Note on the mental hospitals in Burma - 1925-1940
Year: 1925
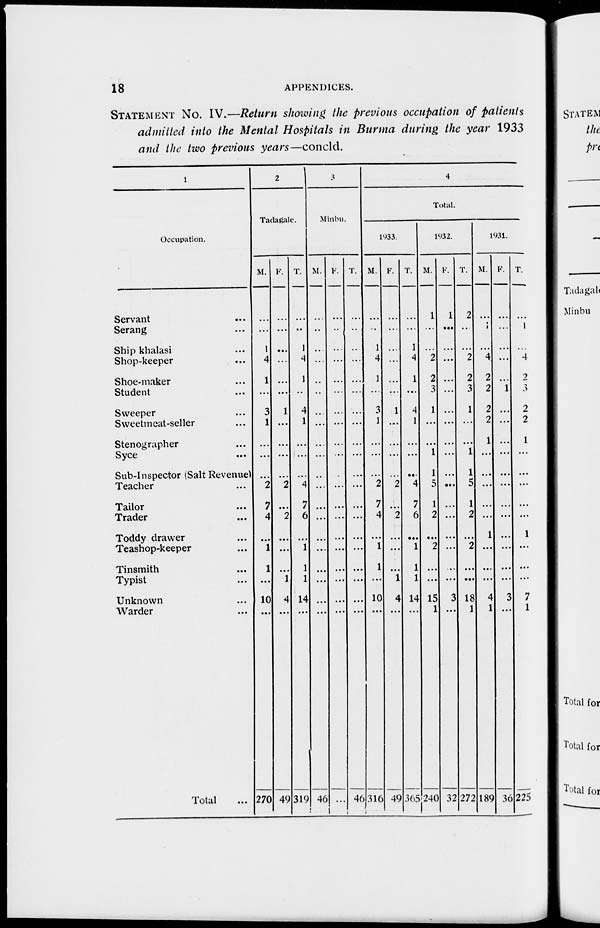
18
APPENDICES.
STATEMENT No. IV.—Return showing the previous occupation of patients
admitted into the Mental Hospitals in Burma during the year 1933
and the two previous years—concld.
1
Occupation.
Servant ...
Serang ...
Ship khalasi ...
Shop-keeper ...
Shoe-maker ...
Student ...
Sweeper ...
Sweetmeat-seller ...
Stenographer ...
Syce ...
Sub-Inspector (Salt Revenue)
Teacher ...
Tailor ...
Trader ...
Toddy drawer ...
Teashop-keeper ...
Tinsmith ...
Typist ...
Unknown ...
Warder ...
Total ...
2
Tadagale.
M.
...
...
1
4
1
...
3
1
...
...
...
2
7
4
...
1
1
...
10
...
270
F.
...
...
...
...
...
...
1
...
...
...
...
2
...
2
...
...
...
1
4
...
49
T.
...
...
1
4
1
...
4
1
...
...
...
4
7
6
...
1
1
1
14
...
319
3
Minbu.
M.
...
...
...
...
...
...
...
..
...
...
...
...
...
...
...
...
...
...
...
...
46
F.
...
...
...
...
...
...
...
...
...
...
...
...
...
...
...
...
...
...
...
...
...
T.
...
...
...
...
...
...
...
...
...
...
...
...
...
...
...
...
...
...
...
...
46
4
Total.
1933.
M.
...
...
1
4
1
...
3
1
...
...
...
2
7
4
...
1
1
...
10
...
316
F.
...
...
...
...
...
...
1
...
...
...
... 2
...
2
...
...
...
1
4
...
49
T.
...
...
1
4
1
...
4
1
...
...
...
4
7
6
...
1
1
1
14
...
365
1932.
M.
1
...
...
2
2
3
1
...
...
1
1
5
1
2
...
2
...
...
15
1
240
F.
1
...
...
...
...
...
...
...
...
...
...
...
...
...
...
...
...
3
...
32
T.
2
...
...
2
2
3
1
...
...
1
1
5
1
2
... ...
...
...
18
1
272
1931.
M.
...
1
...
4
2
2
2
2
1
...
...
...
...
...
1
...
...
...
4
1
189
F.
...
...
...
...
...
1
...
...
...
...
...
...
...
...
...
...
...
...
3
...
36
T.
...
1
...
4
2
3
2
2
1
...
...
...
...
...
1
...
...
...
7
1
225